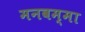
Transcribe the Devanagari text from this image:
मनवम्मा